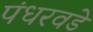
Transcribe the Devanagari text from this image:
पंधरवडे